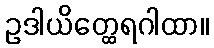
ဥဒါယိတ္ထေရဂါထာ။